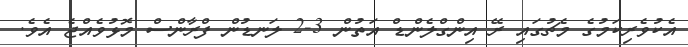
އެކުވެރިކަމުގެ މެޗުގައި ރޭ އިންގްލެންޑް އަތުން 3-2 ލަނޑުން ފްރާންސް މޮޅުވެއްޖެ އެވެ.